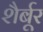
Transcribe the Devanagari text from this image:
शैर्बूर